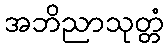
အဘိညာသုတ္တံ